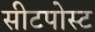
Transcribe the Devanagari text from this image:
सीटपोस्ट